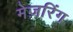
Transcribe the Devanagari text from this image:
मेज़रिंग